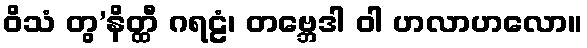
ဝိသံ တွ’နိတ္ထီ ဂရဠံ၊ တဗ္ဘေဒါ ဝါ ဟလာဟလော။